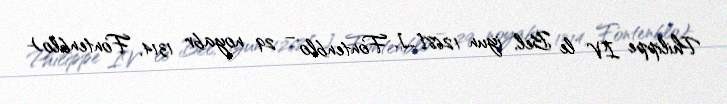
Philippe IV le Bel, iyun 1268[…], Fontenblo – 29 noyabr 1314, Fontenblo)-